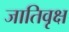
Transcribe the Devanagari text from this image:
जातिवृक्ष